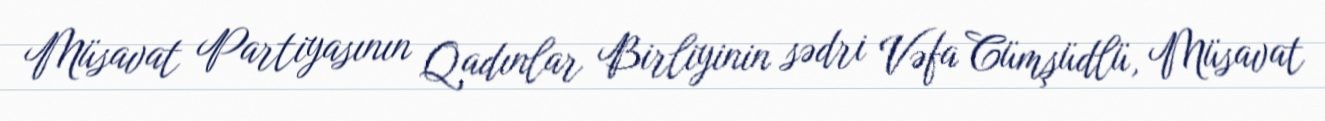
Müsavat Partiyasının Qadınlar Birliyinin sədri Vəfa Cümşüdlü, Müsavat